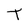
Character: t